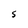
Character: S